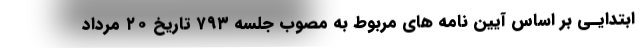
ابتدایـی بر اساس آیین نامه های مربوط به مصوب جلسه ۷۹۳ تاریخ ۲۰ مرداد